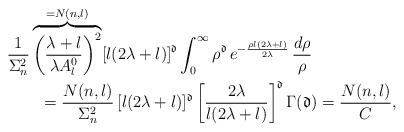
LaTeX: \begin{align*}&\frac{1}{\Sigma_n^2}\overbrace{\left(\frac{\lambda+l}{\lambda A_l^0}\right)^2}^{=N(n,l)}[l(2\lambda+l)]^\mathfrak d \int_0^\infty\rho^{\mathfrak d}\,e^{-\frac{\rho l(2\lambda+l)}{2\lambda}}\,\frac{d\rho}{\rho}\\&\qquad=\frac{N(n,l)}{\Sigma_n^2}\,[l(2\lambda+l)]^\mathfrak d\left[\frac{2\lambda}{l(2\lambda+l)}\right]^\mathfrak d\Gamma(\mathfrak d)=\frac{N(n,l)}{C},\end{align*}